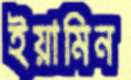
ইয়ামিন